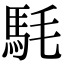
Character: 䭷